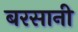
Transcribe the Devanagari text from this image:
बरसानी